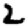
Digit: 2